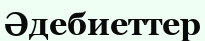
Әдебиеттер